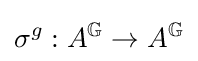
\sigma ^{g}:A^{\mathbb {G} }\to A^{\mathbb {G} }